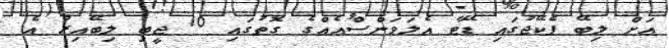
އަށް ލިބޭ ޕެކޭޖުގައި ޑޭޓާ އެލަވަންސްއެއްގެ ގޮތުގައި 10 ޖީބި ލިބޭއިރު އެ